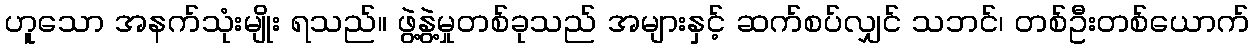
ဟူသော အနက်သုံးမျိုး ရသည်။ ဖွဲ့နွဲ့မှုတစ်ခုသည် အများနှင့် ဆက်စပ်လျှင် သဘင်၊ တစ်ဦးတစ်ယောက်